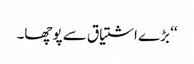
‘‘ بڑے اشتیاق سے پوچھا۔